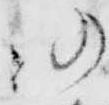
仍